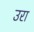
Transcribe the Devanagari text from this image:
उरा